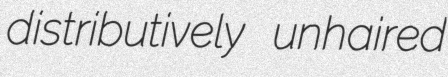
distributively unhaired